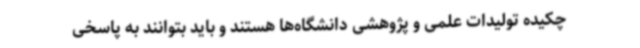
چکیده تولیدات علمی و پژوهشی دانشگاه‌ها هستند و باید بتوانند به پاسخی